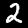
Digit: 2